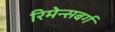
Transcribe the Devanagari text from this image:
रिमेन्सबर्ग